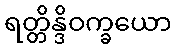
ရတ္တိန္ဒိဝက္ခယော